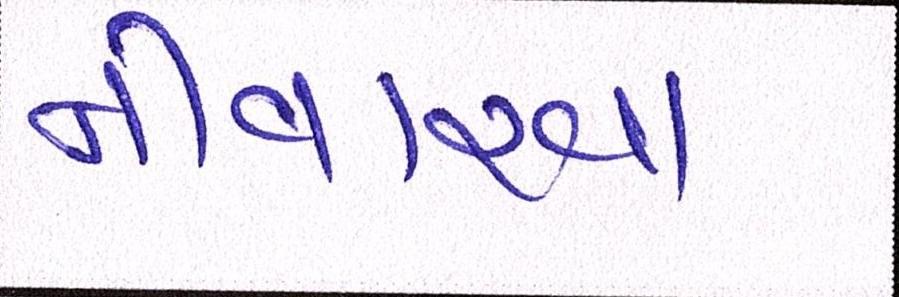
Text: નીવારવા